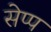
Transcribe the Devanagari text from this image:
सेप्प